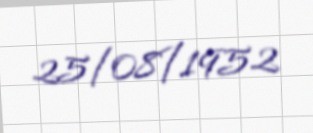
25/08/1952